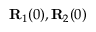
{ \bf R } _ { 1 } ( 0 ) , { \bf R } _ { 2 } ( 0 )